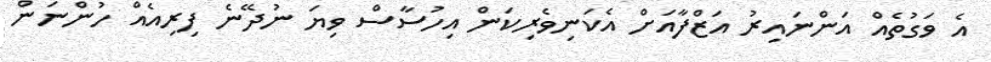
އެ ވަގުތެއް އަންނައިރު އަޒްފާއަށް އެކަނިވެރިކަން އިހުސާސް ވިޔަ ނުދޭނެ ފިރިއެއް ހުންނަން